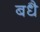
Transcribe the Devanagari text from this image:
बधै